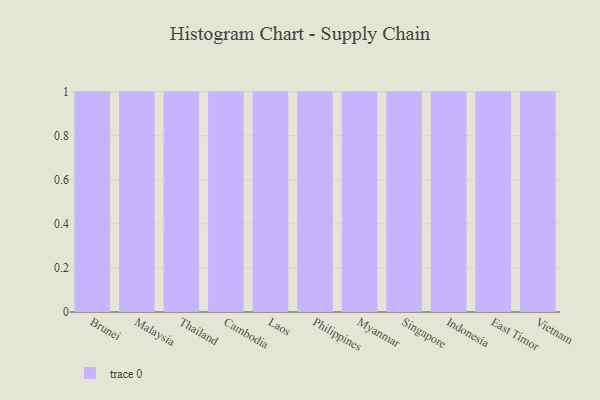
{"axis": {"x": "Country", "y": "Tickets Resolved"}, "legend": [""], "data": [{"x": "Brunei", "y": 51, "type": ""}, {"x": "Malaysia", "y": 81, "type": ""}, {"x": "Thailand", "y": 62, "type": ""}, {"x": "Cambodia", "y": 31, "type": ""}, {"x": "Laos", "y": 83, "type": ""}, {"x": "Philippines", "y": 20, "type": ""}, {"x": "Myanmar", "y": 47, "type": ""}, {"x": "Singapore", "y": 57, "type": ""}, {"x": "Indonesia", "y": 36, "type": ""}, {"x": "East Timor", "y": 81, "type": ""}, {"x": "Vietnam", "y": 26, "type": ""}]}